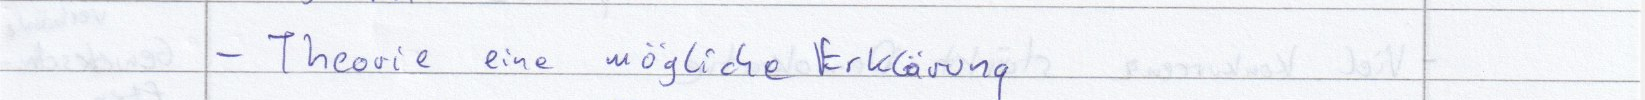
- Theorie eine mögliche Erklärung